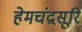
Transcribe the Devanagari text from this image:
हेमचंद्रसूरि